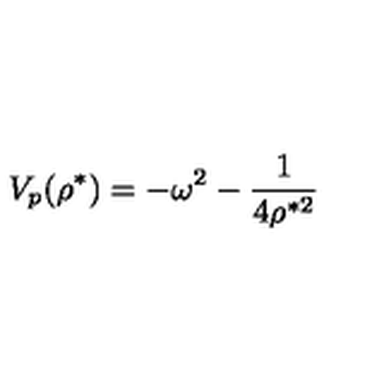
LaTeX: V _ { p } ( \rho ^ { * } ) = - \omega ^ { 2 } - \frac { 1 } { 4 \rho ^ { * 2 } }